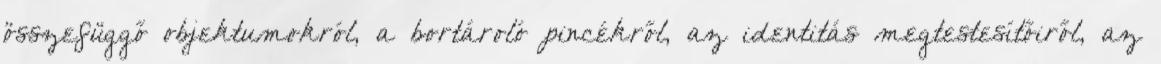
összefüggő objektumokról, a bortároló pincékről, az identitás megtestesítőiről, az